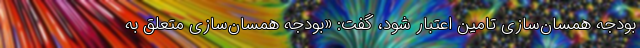
بودجه همسان‌سازی تامین اعتبار شود، گفت: «بودجه همسان‌سازی متعلق به